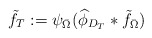
\begin{align*}\tilde{f}_T := \psi_{\bar \Omega}(\widehat\phi_{D_T}*\tilde{f}_{\bar \Omega})\end{align*}